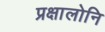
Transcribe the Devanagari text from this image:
प्रक्षालोनि